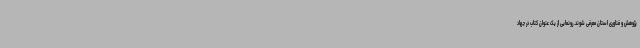
پژوهش و فناوری استان معرفی شوند. رونمایی از یک عنوان کتاب در جهاد